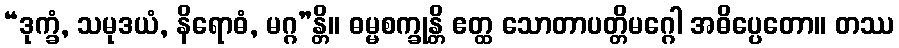
“ဒုက္ခံ, သမုဒယံ, နိရောဓံ, မဂ္ဂ”န္တိ။ ဓမ္မစက္ခုန္တိ ဧတ္ထ သောတာပတ္တိမဂ္ဂေါ အဓိပ္ပေတော။ တဿ